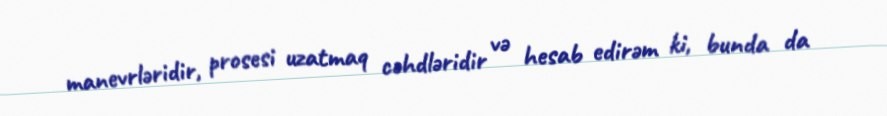
manevrləridir, prosesi uzatmaq cəhdləridir və hesab edirəm ki, bunda da